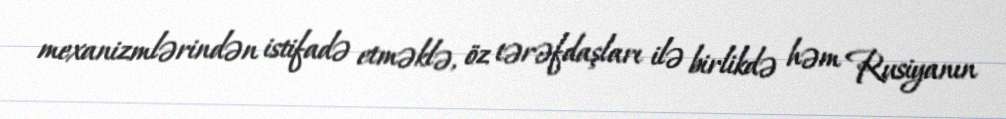
mexanizmlərindən istifadə etməklə, öz tərəfdaşları ilə birlikdə həm Rusiyanın